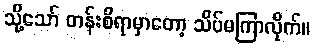
သို့သော် တန်းစီရာမှာတော့ သိပ်မကြာလိုက်။